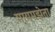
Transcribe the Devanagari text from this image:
मायमझेता